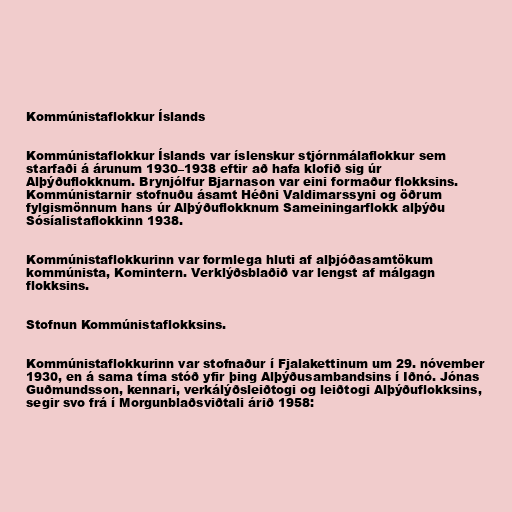
Kommúnistaflokkur Íslands

Kommúnistaflokkur Íslands var íslenskur stjórnmálaflokkur sem
starfaði á árunum 1930–1938 eftir að hafa klofið sig úr
Alþýðuflokknum. Brynjólfur Bjarnason var eini formaður flokksins.
Kommúnistarnir stofnuðu ásamt Héðni Valdimarssyni og öðrum
fylgismönnum hans úr Alþýðuflokknum Sameiningarflokk alþýðu
Sósíalistaflokkinn 1938.

Kommúnistaflokkurinn var formlega hluti af alþjóðasamtökum
kommúnista, Komintern. Verklýðsblaðið var lengst af málgagn
flokksins.

Stofnun Kommúnistaflokksins.

Kommúnistaflokkurinn var stofnaður í Fjalakettinum um 29. nóvember
1930, en á sama tíma stóð yfir þing Alþýðusambandsins í Iðnó. Jónas
Guðmundsson, kennari, verkálýðsleiðtogi og leiðtogi Alþýðuflokksins,
segir svo frá í Morgunblaðsviðtali árið 1958: